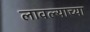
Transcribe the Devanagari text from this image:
लावल्याच्या